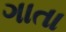
ગાતા